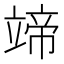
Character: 𥪟